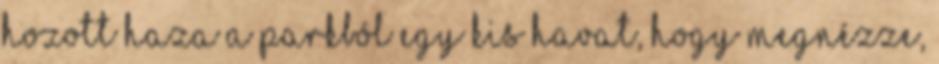
hozott haza a parkból egy kis havat, hogy megnézze,